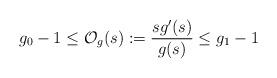
LaTeX: \begin{align*} g_0-1\leq \mathcal O_g(s):=\frac{sg'(s)}{g(s)}\leq g_1-1\end{align*}